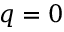
q = 0